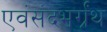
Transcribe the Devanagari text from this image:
एवंसंदभर्ग्रंथ